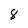
Character: 8